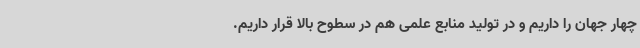
چهار جهان را داریم و در تولید منابع علمی هم در سطوح بالا قرار داریم.